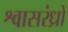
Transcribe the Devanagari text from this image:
श्वासरंध्रों